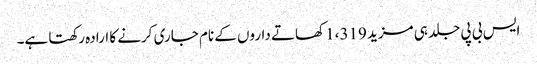
ایس بی پی جلد ہی مزید 1،319 کھاتے داروں کے نام جاری کرنے کا ارادہ رکھتا ہے۔